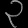
Digit: ၃